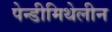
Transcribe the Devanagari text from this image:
पेन्डीमिथेलीन